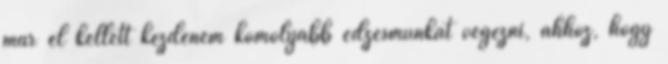
már el kellett kezdenem komolyabb edzésmunkát végezni, ahhoz, hogy